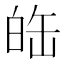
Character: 𤽦